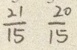
\frac { 2 1 } { 1 5 } \frac { 2 0 } { 1 5 }